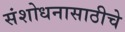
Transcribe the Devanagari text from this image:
संशोधनासाठीचे